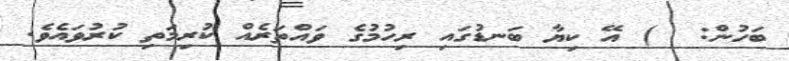
ބަހުން:  ) އޭ ކިޔާ ބަނޑުގައި ރިހުމުގެ ވައްތަރެއް ކުރިމަތި ކުރުވައެވެ.